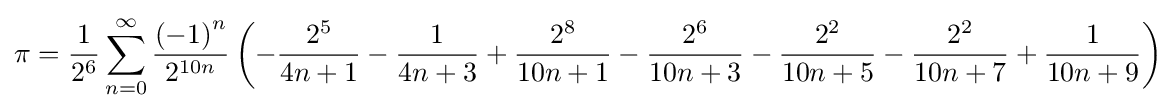
\pi ={\frac {1}{2^{6}}}\sum _{n=0}^{\infty }{\frac {{(-1)}^{n}}{2^{10n}}}\left(-{\frac {2^{5}}{4n+1}}-{\frac {1}{4n+3}}+{\frac {2^{8}}{10n+1}}-{\frac {2^{6}}{10n+3}}-{\frac {2^{2}}{10n+5}}-{\frac {2^{2}}{10n+7}}+{\frac {1}{10n+9}}\right)